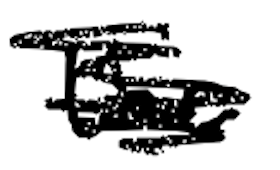
Text: the
Cross-out: scratch
Writing tool: digital_black